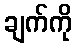
ချက်ကို